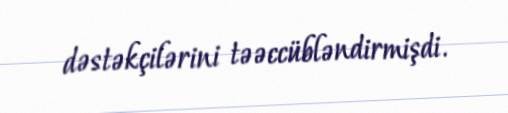
dəstəkçilərini təəccübləndirmişdi.